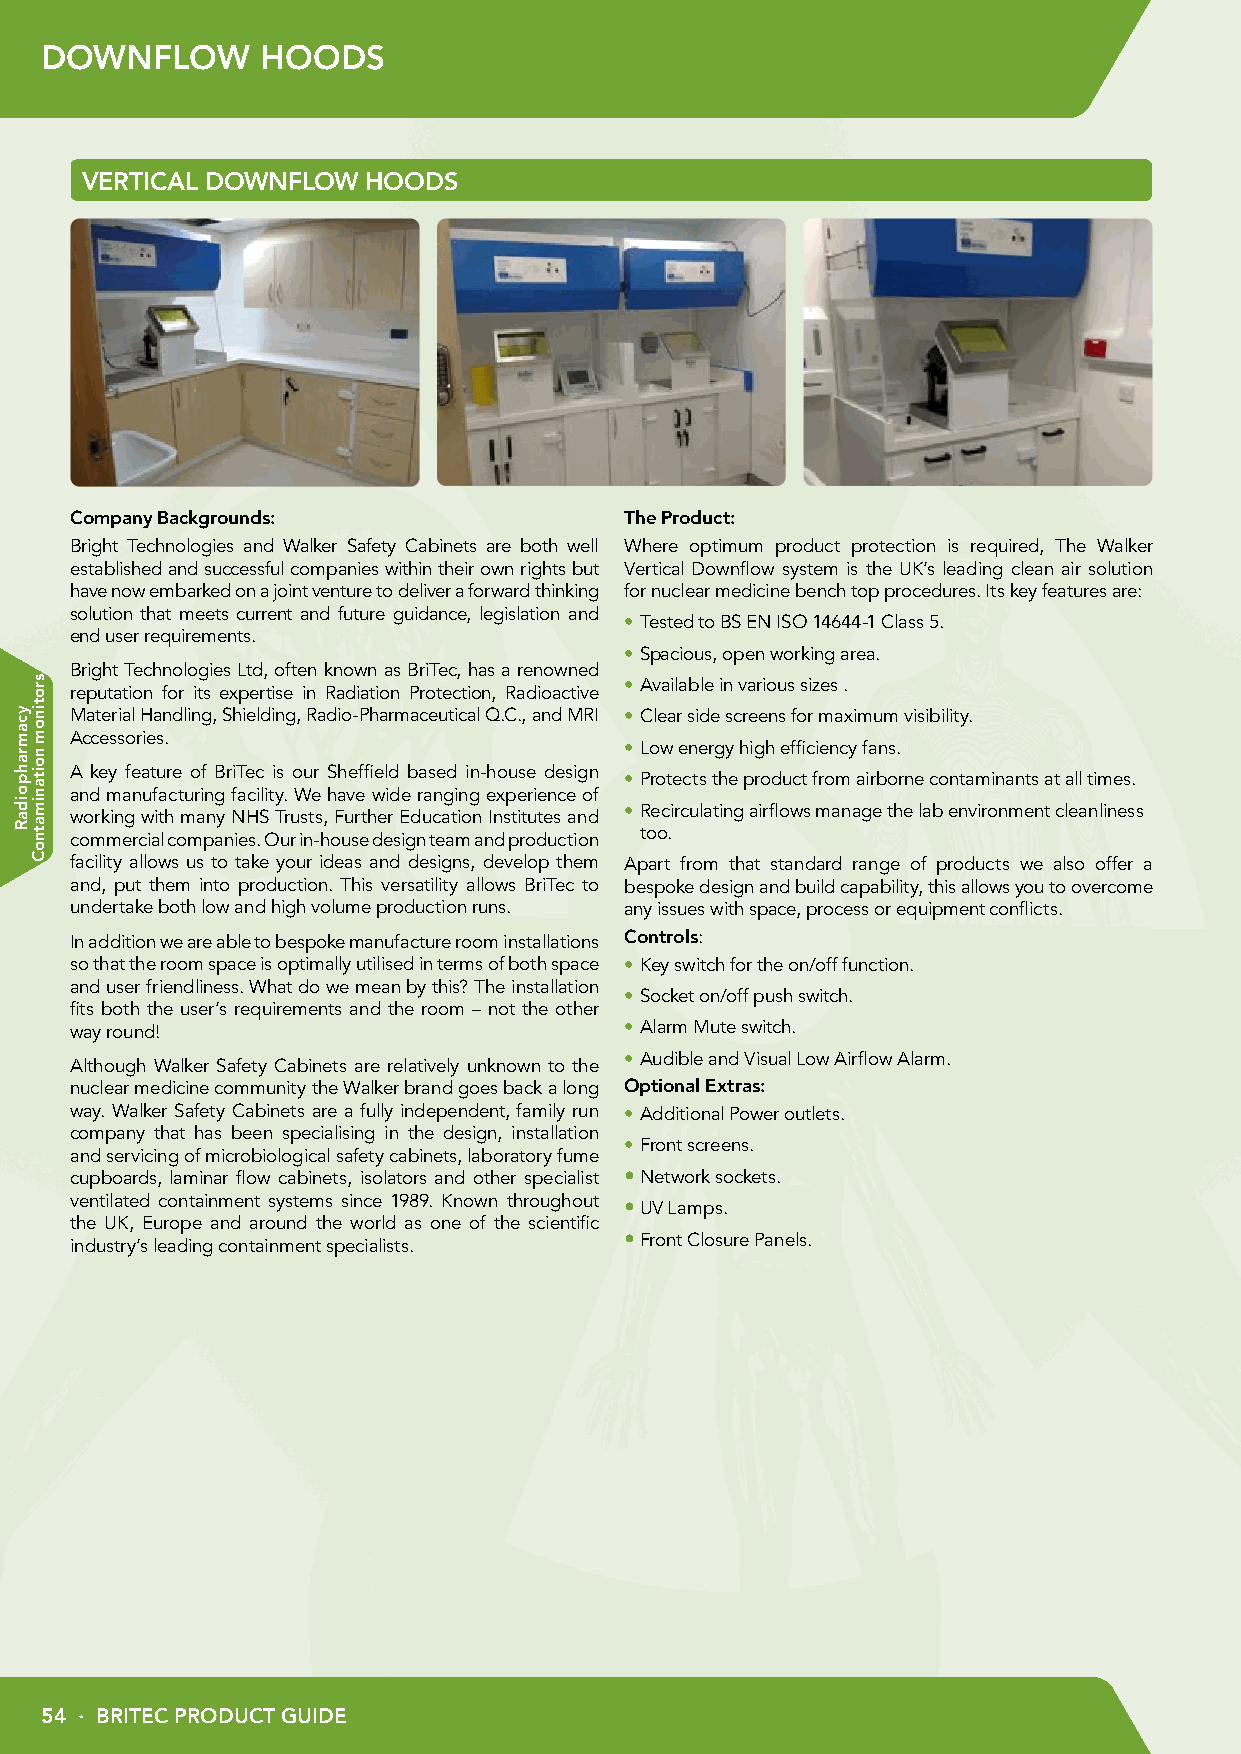
DOWNFLOW      HOODS
 VERTICAL DOWNFLOW  HOODS
 Company Backgrounds:                The Product:
 Bright Technologies and Walker Safety Cabinets are both well Where optimum product protection is required, The Walker
 established and successful companies within their own rights but Vertical Downflow system is the UK’s leading clean air solution
 have now embarked on a joint venture to deliver a forward thinking for nuclear medicine bench top procedures. Its key features are:
 solution that meets current and future guidance, legislation and
 •Tested to BS EN ISO 14644-1 Class 5.
 end user requirements.
 •Spacious, open working area.
 Bright Technologies Ltd, often known as BriTec, has a renowned
 •Available in various sizes .
 reputation for its expertise in Radiation Protection, Radioactive
 Material Handling, Shielding, Radio-Pharmaceutical Q.C., and MRI •Clear side screens for maximum visibility.
 Accessories.
 •Low energy high efficiency fans.
 A key feature of BriTec is our Sheffield based in-house design
 •Protects the product from airborne contaminants at all times.
 and manufacturing facility. We have wide ranging experience of
 •Recirculating airflows manage the lab environment cleanliness
 working with many NHS Trusts, Further Education Institutes and
 too.
 commercial companies. Our in-house design team and production
 facility allows us to take your ideas and designs, develop them Apart from that standard range of products we also offer a
 and, put them into production. This versatility allows BriTec to bespoke design and build capability, this allows you to overcome
 undertake both low and high volume production runs. any issues with space, process or equipment conflicts.
 In addition we are able to bespoke manufacture room installations Controls:
 so that the room space is optimally utilised in terms of both space •Key switch for the on/off function.
 and user friendliness. What do we mean by this? The installation
 •Socket on/off push switch.
 fits both the user’s requirements and the room – not the other
 way round!                          •Alarm Mute switch.
 •Audible and Visual Low Airflow Alarm.
 Although Walker Safety Cabinets are relatively unknown to the
 nuclear medicine community the Walker brand goes back a long Optional Extras:
 way. Walker Safety Cabinets are a fully independent, family run •Additional Power outlets.
 company that has been specialising in the design, installation
 •Front screens.
 and servicing of microbiological safety cabinets, laboratory fume
 cupboards, laminar flow cabinets, isolators and other specialist •Network sockets.
 ventilated containment systems since 1989. Known throughout •UV Lamps.
 the UK, Europe and around the world as one of the scientific
 industry’s leading containment specialists. •Front Closure Panels.
 54 · BRITEC PRODUCT GUIDE
 ycamrahpoidaR
 srotinom
 noitanimatnoC